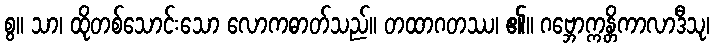
စွ။ သာ၊ ထိုတစ်သောင်းသော လောကဓာတ်သည်။ တထာဂတဿ၊ ၏။ ဂဗ္ဘောက္ကန္တိကာလာဒီသု၊